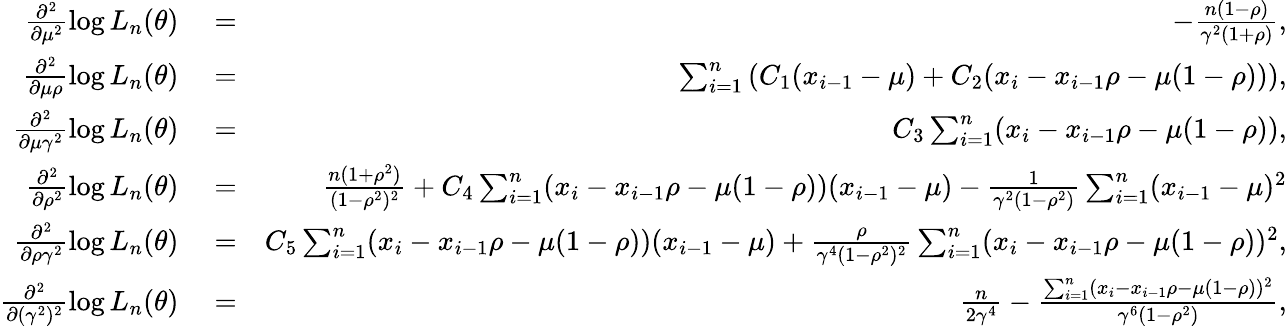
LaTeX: \begin{array}{rlr}{\frac{\partial^{2}}{\partial\mu^{2}}\log L_{n}(\theta)}&{{}=}&{-\frac{n(1-\rho)}{\gamma^{2}(1+\rho)},}\\ {\frac{\partial^{2}}{\partial\mu\rho}\log L_{n}(\theta)}&{{}=}&{\sum_{i=1}^{n}\left(C_{1}(x_{i-1}-\mu)+C_{2}(x_{i}-x_{i-1}\rho-\mu(1-\rho))\right),}\\ {\frac{\partial^{2}}{\partial\mu\gamma^{2}}\log L_{n}(\theta)}&{{}=}&{C_{3}\sum_{i=1}^{n}(x_{i}-x_{i-1}\rho-\mu(1-\rho)),}\\ {\frac{\partial^{2}}{\partial\rho^{2}}\log L_{n}(\theta)}&{{}=}&{\frac{n(1+\rho^{2})}{(1-\rho^{2})^{2}}+C_{4}\sum_{i=1}^{n}(x_{i}-x_{i-1}\rho-\mu(1-\rho))(x_{i-1}-\mu)-\frac{1}{\gamma^{2}(1-\rho^{2})}\sum_{i=1}^{n}(x_{i-1}-\mu)^{2}}\\ {\frac{\partial^{2}}{\partial\rho\gamma^{2}}\log L_{n}(\theta)}&{{}=}&{C_{5}\sum_{i=1}^{n}(x_{i}-x_{i-1}\rho-\mu(1-\rho))(x_{i-1}-\mu)+\frac{\rho}{\gamma^{4}(1-\rho^{2})^{2}}\sum_{i=1}^{n}(x_{i}-x_{i-1}\rho-\mu(1-\rho))^{2},}\\ {\frac{\partial^{2}}{\partial(\gamma^{2})^{2}}\log L_{n}(\theta)}&{{}=}&{\frac{n}{2\gamma^{4}}-\frac{\sum_{i=1}^{n}(x_{i}-x_{i-1}\rho-\mu(1-\rho))^{2}}{\gamma^{6}(1-\rho^{2})},}\end{array}